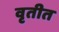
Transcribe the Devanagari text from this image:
वृतीत